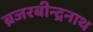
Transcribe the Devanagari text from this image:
ब्रजरबीन्द्रनाथ